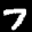
Label: 7